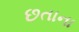
છતાના